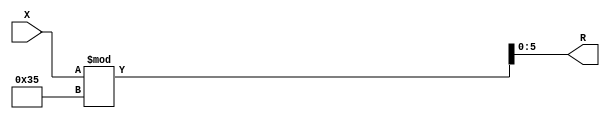
module x_300_mod_53_reg(
    input [300:1] X,
    output [6:1] R
    );


assign R = X % 53;

endmodule